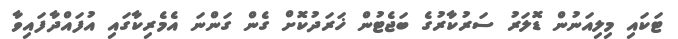
ޓަކައި މިލިއަނުން ޑޮލަރު ސަރުކާރުގެ ބަޖެޓުން ޚަރަދުކޮށް ގެން ގަންނަ އެމެރިކާގައި އުފައްދާފައިވާ